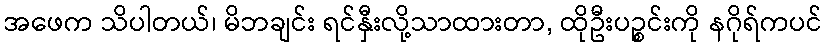
အဖေက သိပါတယ်၊ မိဘချင်း ရင်နှီးလို့သာထားတာ, ထိုဦးပဉ္စင်းကို နဂိုရ်ကပင်